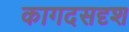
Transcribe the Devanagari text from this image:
कागदसदृश